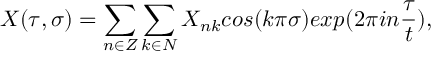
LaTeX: X ( \tau , \sigma ) = \sum _ { n \in Z } \sum _ { k \in N } X _ { n k } c o s ( k \pi \sigma ) e x p ( 2 \pi i n \frac { \tau } { t } ) ,